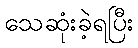
သေဆုံးခဲ့ရပြီး